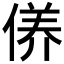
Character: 𱏂